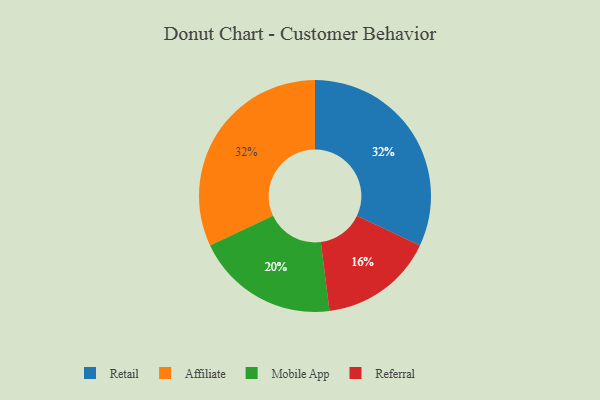
{"axis": {"x": "Category", "y": "Percentage"}, "legend": ["Affiliate", "Mobile App", "Referral", "Retail"], "data": [{"x": "Mobile App", "y": 20, "type": "Mobile App"}, {"x": "Retail", "y": 32, "type": "Retail"}, {"x": "Affiliate", "y": 32, "type": "Affiliate"}, {"x": "Referral", "y": 16, "type": "Referral"}]}